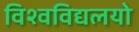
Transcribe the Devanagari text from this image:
विश्वविद्यलयो